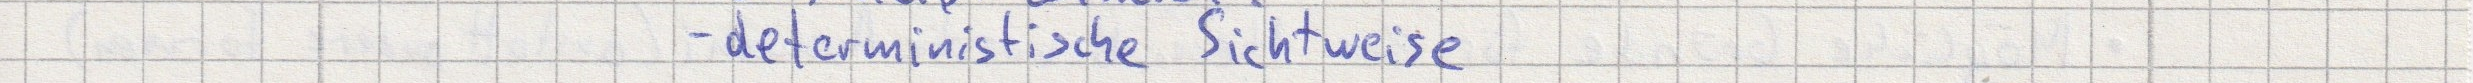
- deterministische Sichtweise